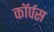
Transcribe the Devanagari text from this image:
काॅर्पस